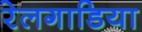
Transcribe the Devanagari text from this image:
रेलगाडिया